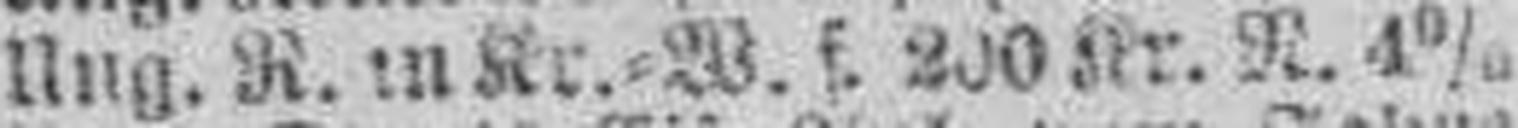
Ung. R. in Kr.=W. f. 200 Kr. N. 4%